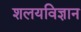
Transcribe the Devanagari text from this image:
शलयविज्ञान